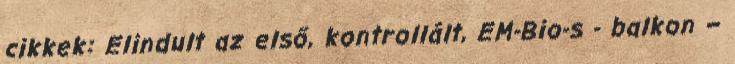
cikkek: Elindult az első, kontrollált, EM-Bio-s - balkon –